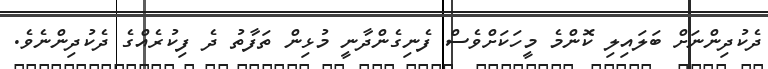
ދެކުދިންނަށް ބަލައިލި ކޮންމެ މީހަކަށްވެސް ފެނިގެންދާނީ މުޅިން ތަފާތު ދެ ފިކުރެއްގެ ދެކުދިންނެވެ.